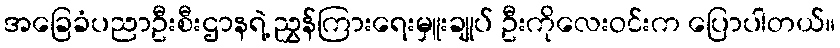
အခြေခံပညာဦးစီးဌာနရဲ့ ညွှန်ကြားရေးမှူးချုပ် ဦးကိုလေးဝင်းက ပြောပါတယ်။